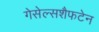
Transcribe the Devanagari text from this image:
गेसेल्सशैफटेन